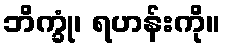
ဘိက္ခုံ၊ ရဟန်းကို။